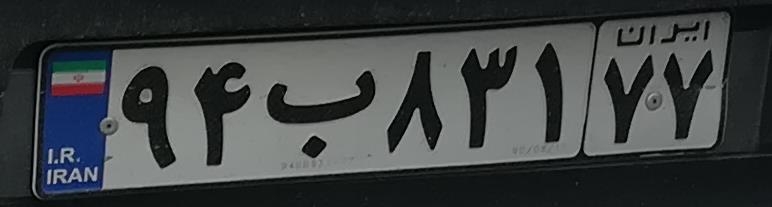
۹۴ب۸۳۱۷۷